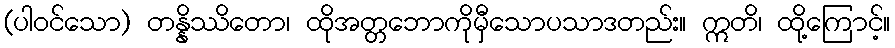
(ပါဝင်သော) တန္နိဿိတော၊ ထိုအတ္တဘောကိုမှီသောပသာဒတည်း။ ဣတိ၊ ထို့ကြောင့်။